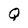
Character: Q